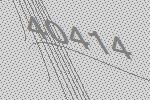
40414